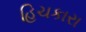
હિચકારા